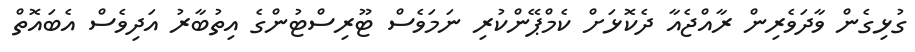
ގުޅިގެން ވާދަވެރިން ރާއްޖެއާ ދެކޮޅަށް ކެމްޕޭންކުރި ނަމަވެސް ޓޫރިސްޓުންގެ އިތުބާރު އަދިވެސް އެބައޮތް